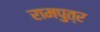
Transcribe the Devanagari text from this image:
रामपुत्र